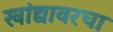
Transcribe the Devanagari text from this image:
खांद्यावरचा